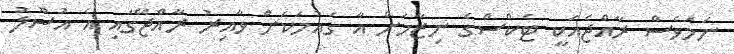
ނަމަވެސް ރާއްޖެއަކީ ޓެކްސްގެ ނިޒާމަށް އާ ގައުމަކަށް ވާއިރު ރާއްޖޭގައި އެ އުސޫލު